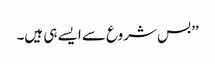
’’بس شروع سے ایسے ہی ہیں۔